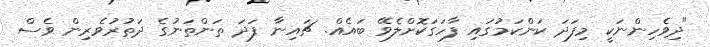
"ދިވެހިންނަކީ މިފަދަ ކަންކަމުގައި ފާހަގަކޮށްލެވޭ ބައެއް. ޗައިނާ ފަދަ ތަންތަނުގެ ދަތުރުވެރިން ވެސް